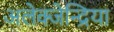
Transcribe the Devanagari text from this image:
अलेक्जेन्द्रिया